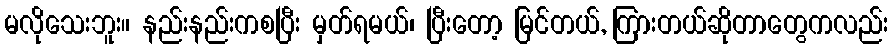
မလိုသေးဘူး။ နည်းနည်းကစပြီး မှတ်ရမယ်၊ ပြီးတော့ မြင်တယ်, ကြားတယ်ဆိုတာတွေကလည်း